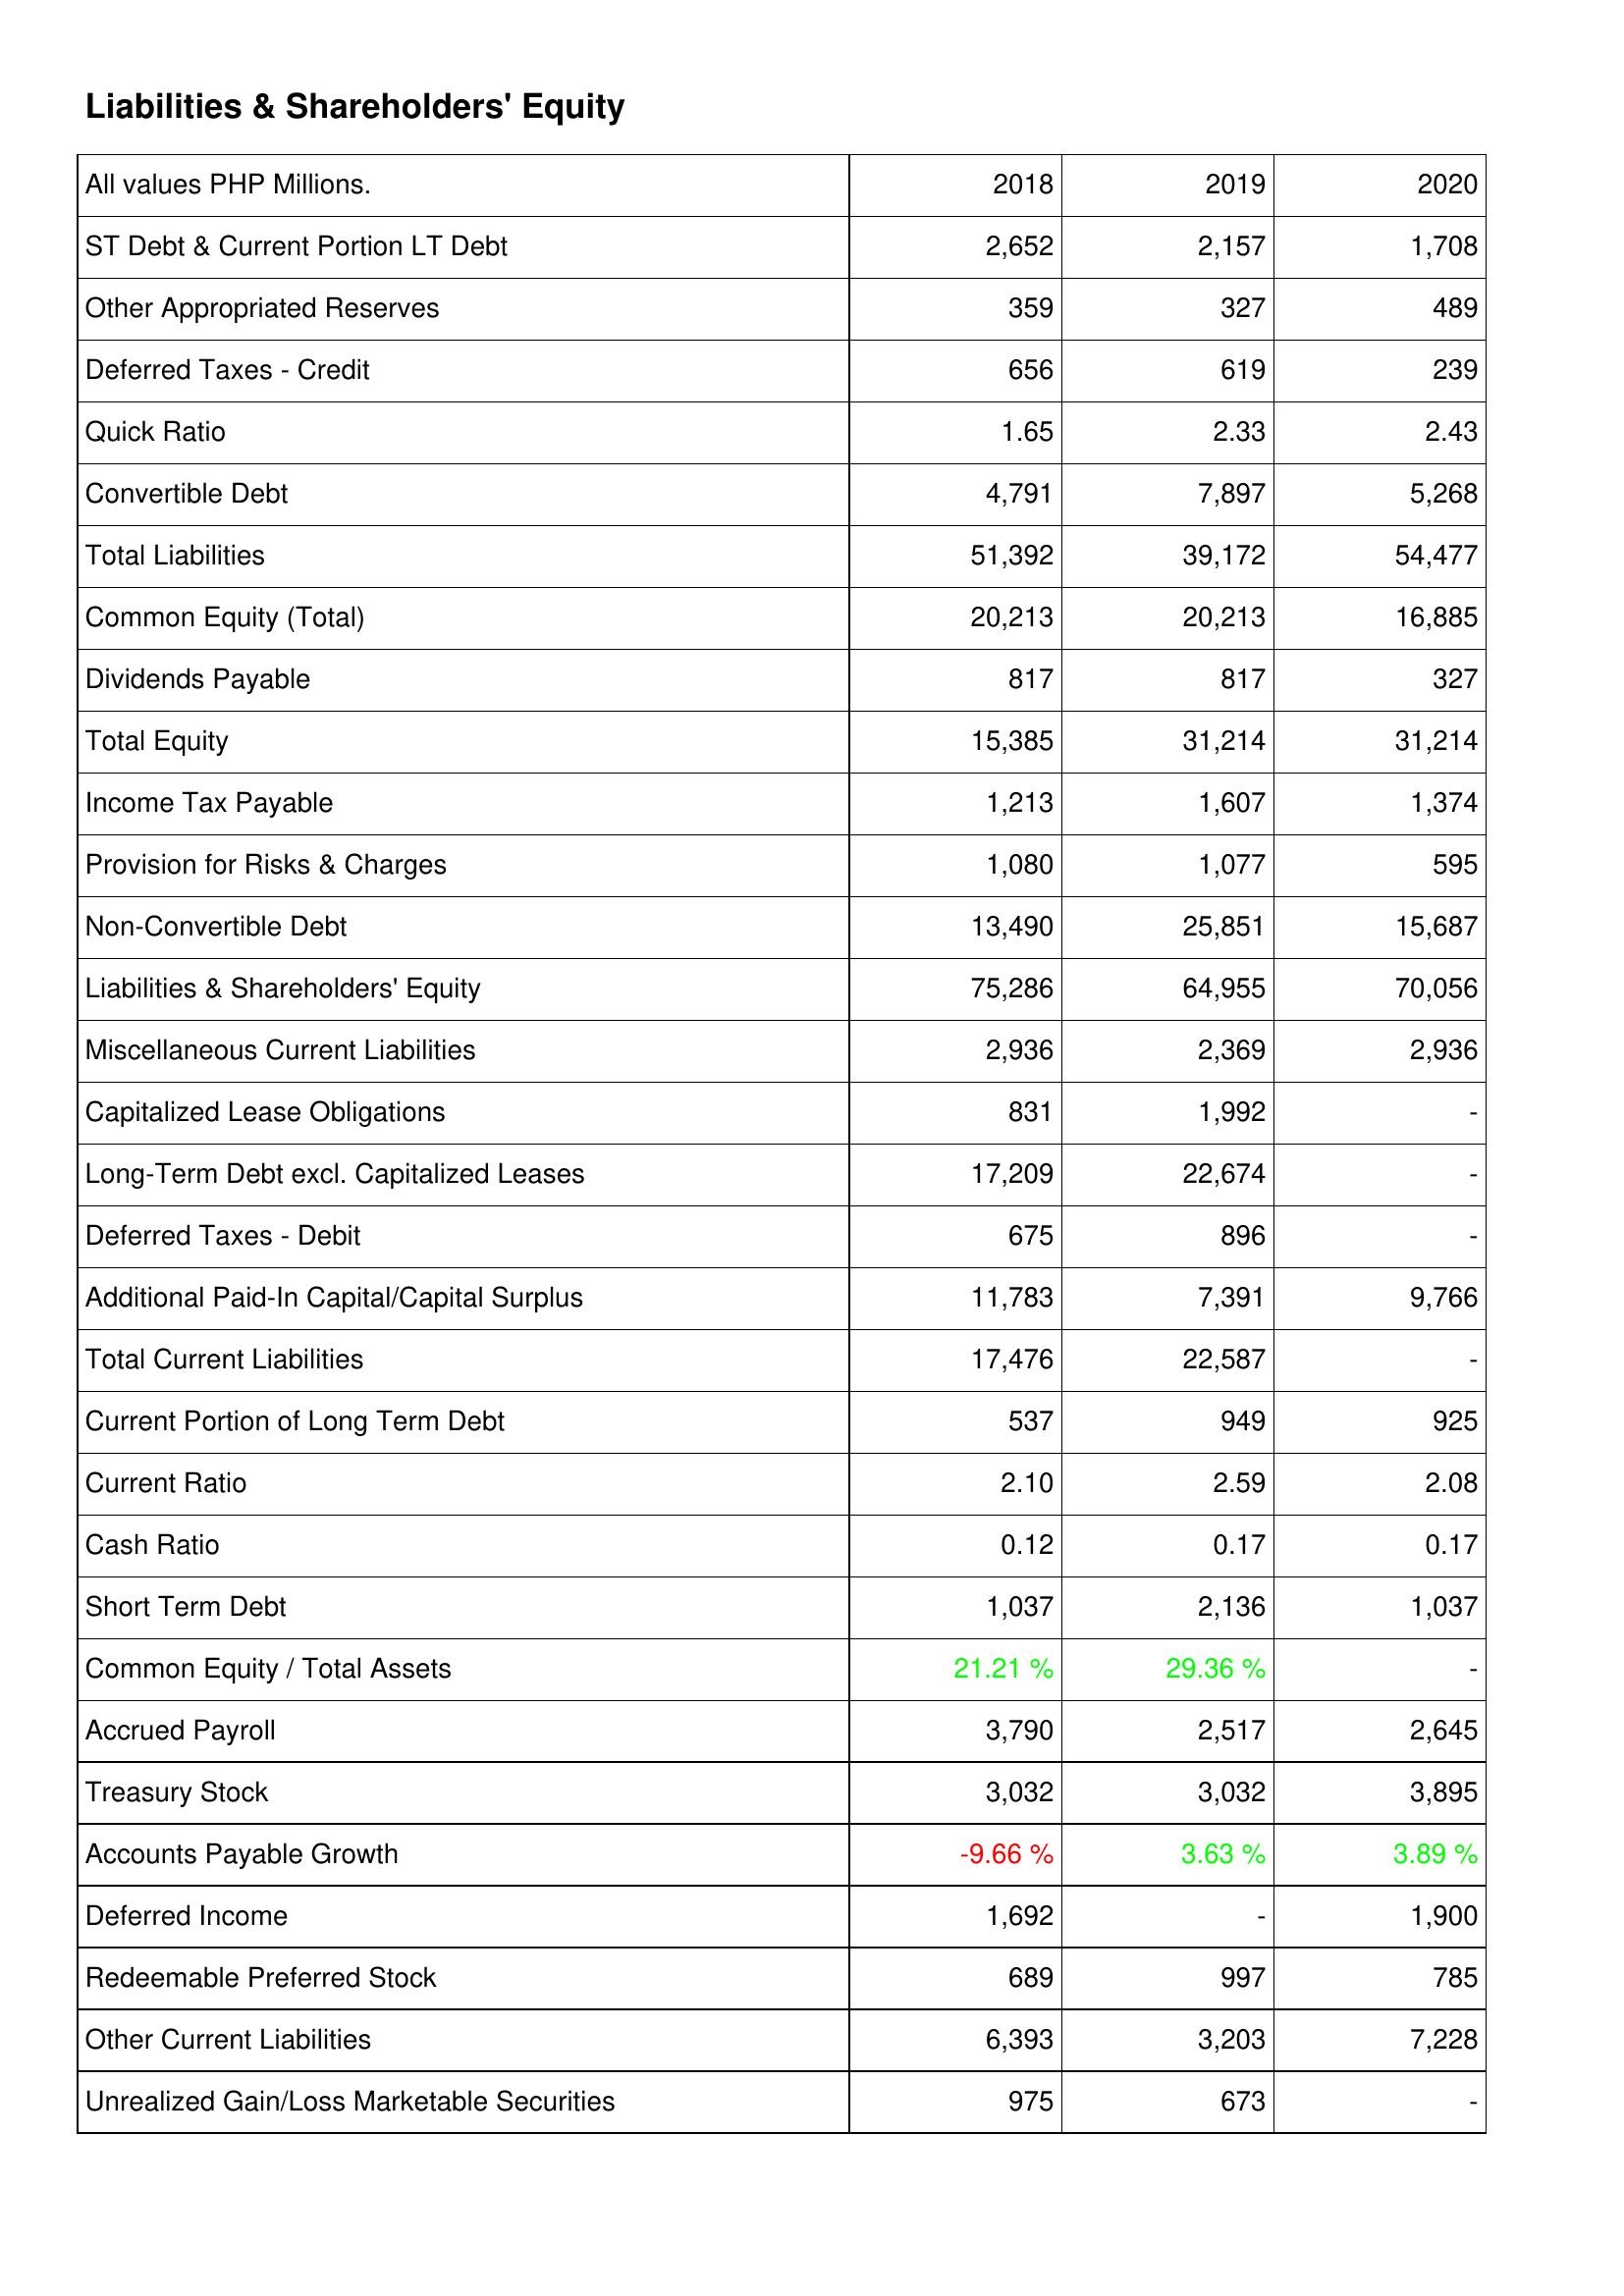
2018: Liabilities & Shareholders' Equity: ST Debt & Current Portion LT Debt: 2,652
Other Appropriated Reserves: 359
Deferred Taxes - Credit: 656
Quick Ratio: 1.65
Convertible Debt: 4,791
Total Liabilities: 51,392
Common Equity (Total): 20,213
Dividends Payable: 817
Total Equity: 15,385
Income Tax Payable: 1,213
Provision for Risks & Charges: 1,080
Non-Convertible Debt: 13,490
Liabilities & Shareholders' Equity: 75,286
Miscellaneous Current Liabilities: 2,936
Capitalized Lease Obligations: 831
Long-Term Debt excl. Capitalized Leases: 17,209
Deferred Taxes - Debit: 675
Additional Paid-In Capital/Capital Surplus: 11,783
Total Current Liabilities: 17,476
Current Portion of Long Term Debt: 537
Current Ratio: 2.10
Cash Ratio: 0.12
Short Term Debt: 1,037
Common Equity / Total Assets: 21.21 %
Accrued Payroll: 3,790
Treasury Stock: 3,032
Accounts Payable Growth: -9.66 %
Deferred Income: 1,692
Redeemable Preferred Stock: 689
Other Current Liabilities: 6,393
Unrealized Gain/Loss Marketable Securities: 975
2019: Liabilities & Shareholders' Equity: ST Debt & Current Portion LT Debt: 2,157
Other Appropriated Reserves: 327
Deferred Taxes - Credit: 619
Quick Ratio: 2.33
Convertible Debt: 7,897
Total Liabilities: 39,172
Common Equity (Total): 20,213
Dividends Payable: 817
Total Equity: 31,214
Income Tax Payable: 1,607
Provision for Risks & Charges: 1,077
Non-Convertible Debt: 25,851
Liabilities & Shareholders' Equity: 64,955
Miscellaneous Current Liabilities: 2,369
Capitalized Lease Obligations: 1,992
Long-Term Debt excl. Capitalized Leases: 22,674
Deferred Taxes - Debit: 896
Additional Paid-In Capital/Capital Surplus: 7,391
Total Current Liabilities: 22,587
Current Portion of Long Term Debt: 949
Current Ratio: 2.59
Cash Ratio: 0.17
Short Term Debt: 2,136
Common Equity / Total Assets: 29.36 %
Accrued Payroll: 2,517
Treasury Stock: 3,032
Accounts Payable Growth: 3.63 %
Deferred Income: -
Redeemable Preferred Stock: 997
Other Current Liabilities: 3,203
Unrealized Gain/Loss Marketable Securities: 673
2020: Liabilities & Shareholders' Equity: ST Debt & Current Portion LT Debt: 1,708
Other Appropriated Reserves: 489
Deferred Taxes - Credit: 239
Quick Ratio: 2.43
Convertible Debt: 5,268
Total Liabilities: 54,477
Common Equity (Total): 16,885
Dividends Payable: 327
Total Equity: 31,214
Income Tax Payable: 1,374
Provision for Risks & Charges: 595
Non-Convertible Debt: 15,687
Liabilities & Shareholders' Equity: 70,056
Miscellaneous Current Liabilities: 2,936
Capitalized Lease Obligations: -
Long-Term Debt excl. Capitalized Leases: -
Deferred Taxes - Debit: -
Additional Paid-In Capital/Capital Surplus: 9,766
Total Current Liabilities: -
Current Portion of Long Term Debt: 925
Current Ratio: 2.08
Cash Ratio: 0.17
Short Term Debt: 1,037
Common Equity / Total Assets: -
Accrued Payroll: 2,645
Treasury Stock: 3,895
Accounts Payable Growth: 3.89 %
Deferred Income: 1,900
Redeemable Preferred Stock: 785
Other Current Liabilities: 7,228
Unrealized Gain/Loss Marketable Securities: -